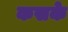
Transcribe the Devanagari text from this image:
कसके